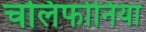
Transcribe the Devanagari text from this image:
चलिफोनिया